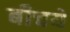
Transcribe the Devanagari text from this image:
बीचये